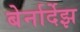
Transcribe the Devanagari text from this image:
बेर्नार्देझ